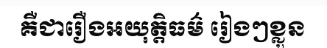
គឺជារឿងអយុត្តិធម៌ រៀងៗខ្លួន